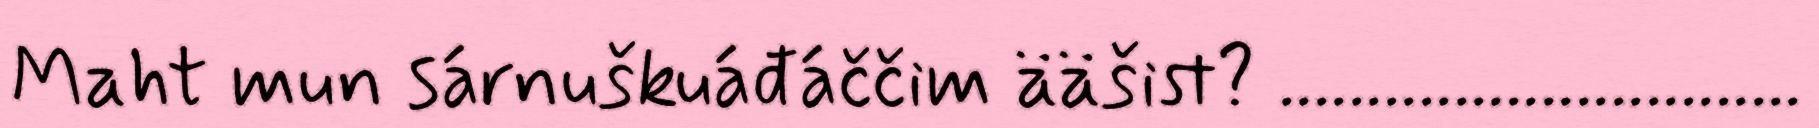
Maht mun sárnuškuáđáččim ääšist? ..............................